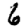
Digit: 6